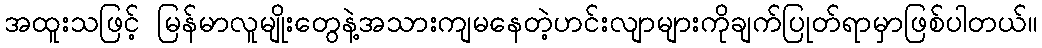
အထူးသဖြင့် မြန်မာလူမျိုးတွေနဲ့အသားကျမနေတဲ့ဟင်းလျာများကိုချက်ပြုတ်ရာမှာဖြစ်ပါတယ်။